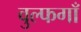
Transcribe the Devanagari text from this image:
वुल्फगाँ